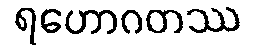
ရဟောဂတဿ